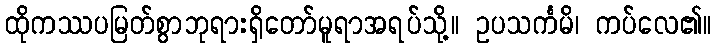
ထိုကဿပမြတ်စွာဘုရားရှိတော်မူရာအရပ်သို့။ ဥပသင်္ကမိ၊ ကပ်လေ၏။